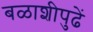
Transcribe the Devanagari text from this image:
बळाशीपुढें